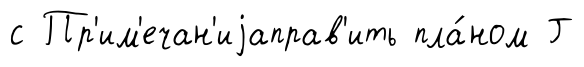
с Пр'им'ечан'иjаправ'ить пла́ном Г